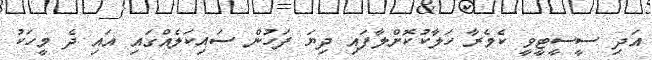
އަދި ސީސީޓީވީ ކެމެރާ ހަލާކުކޮށްލާފައި ދިޔަ ފަހުން ސައިކަލެއްގައި އައި ދެ މީހަކު